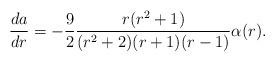
LaTeX: \begin{align*}\frac{da}{dr}=-\frac{9}{2}\frac{r(r^{2}+1)}{(r^{2}+2)(r+1)(r-1)}\alpha(r).\end{align*}